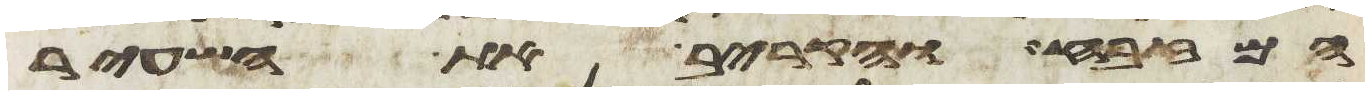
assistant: המזבח והקריב את השעיר